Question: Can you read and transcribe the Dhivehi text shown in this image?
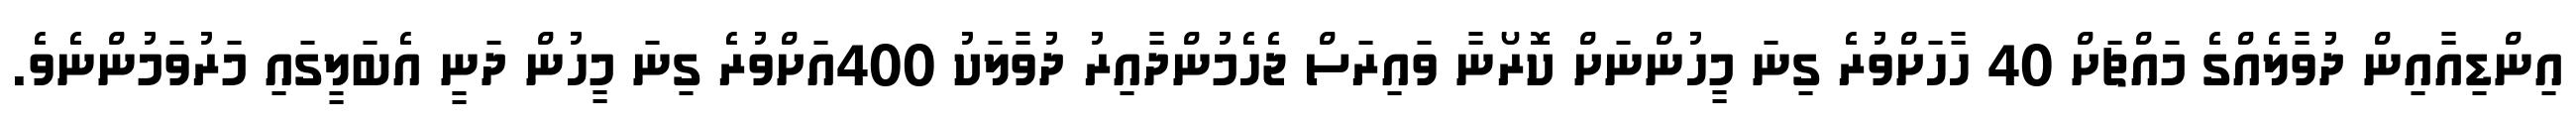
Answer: އިންޑިއާއިން ދުވާލެއްގެ މައްޗަށް 40 ހާހަށްވުރެ ގިނަ މީހުންނަށް ކޮރޯނާ ވައިރަސް ޖެހެމުންދާއިރު ދުވާލަކު 400އަށްވުރެ ގިނަ މީހުން ދަނީ އެބަލީގައި މަރުވަމުންނެވެ.